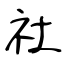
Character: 社